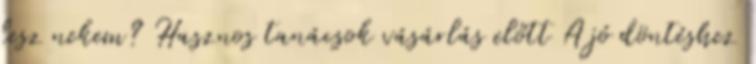
lesz nekem? Hasznos tanácsok vásárlás előtt A jó döntéshez